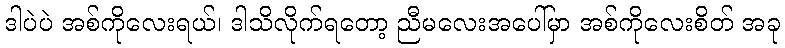
ဒါပဲပဲ အစ်ကိုလေးရယ်၊ ဒါသိလိုက်ရတော့ ညီမလေးအပေါ်မှာ အစ်ကိုလေးစိတ် အခု